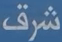
شرق